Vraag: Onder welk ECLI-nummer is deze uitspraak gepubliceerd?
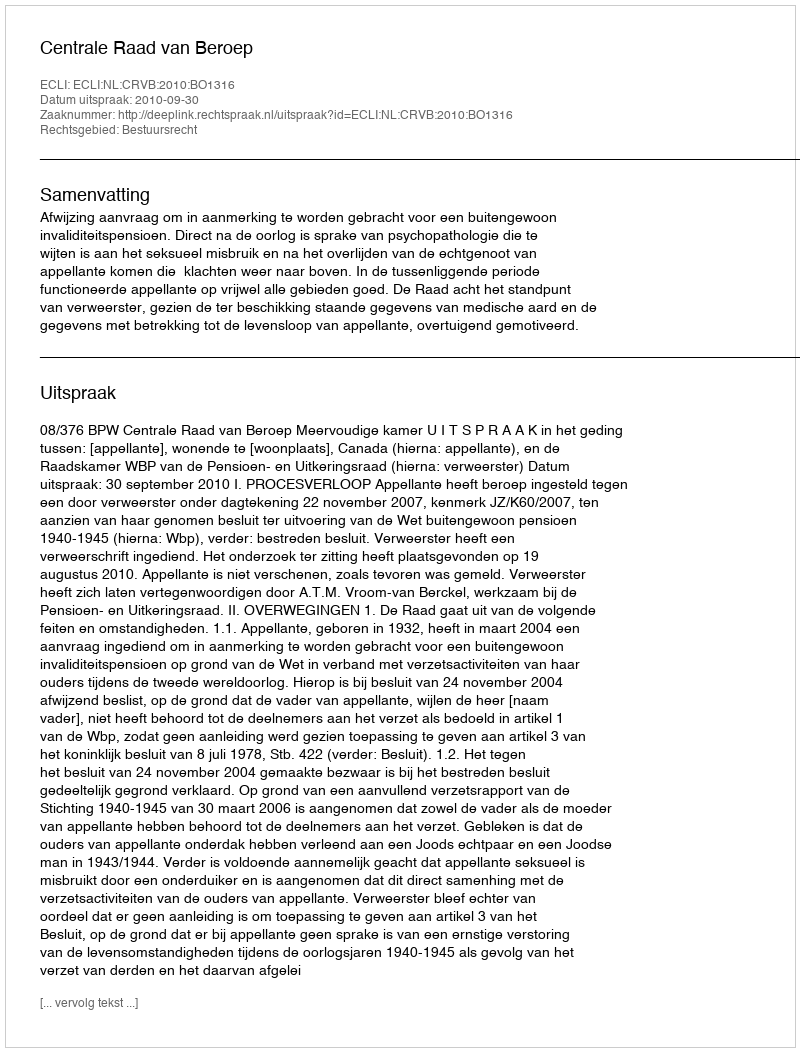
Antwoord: ECLI:NL:CRVB:2010:BO1316